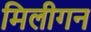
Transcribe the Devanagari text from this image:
मिलीगन